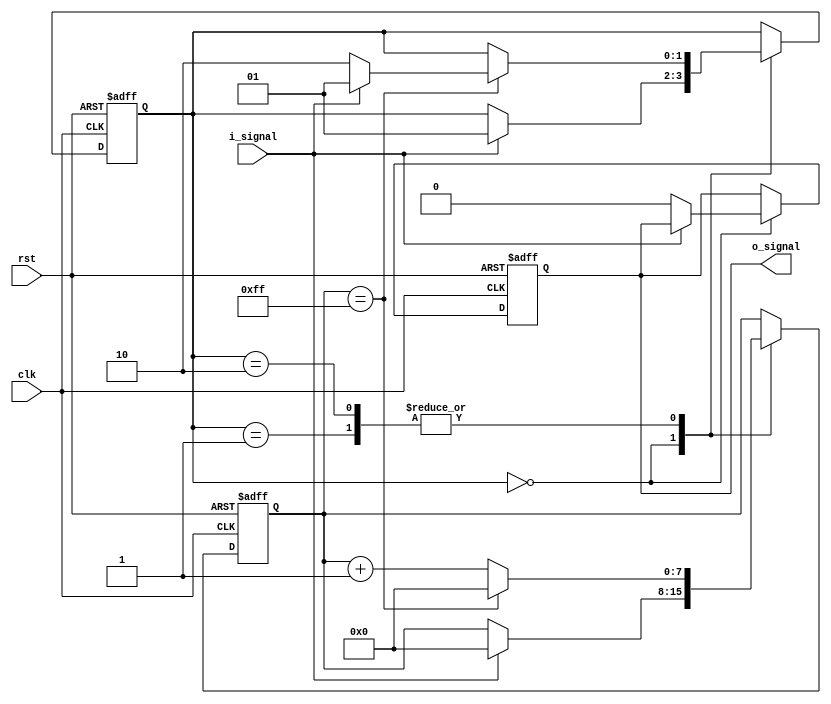
module debounce (
    input wire clk,
    input wire rst,
    input wire i_signal,
    output reg o_signal
);

// Define states for debouncing process
parameter IDLE = 2'b00;
parameter CHECK_HIGH = 2'b01;
parameter CHECK_LOW = 2'b10;

reg [1:0] state;
reg [7:0] count;

// Debounce process
always @(posedge clk or posedge rst) begin
    if (rst) begin
        state <= IDLE;
        count <= 8'd0;
        o_signal <= 1'b0;
    end else begin
        case(state)
            IDLE: if (i_signal) begin
                        state <= CHECK_HIGH;
                        count <= 8'd0;
                    end
                    else begin
                        o_signal <= 1'b0;
                    end
            CHECK_HIGH: if (count == 8'd255) begin
                            if (i_signal) begin
                                state <= CHECK_HIGH;
                                count <= 8'd0;
                            end
                            else begin
                                state <= CHECK_LOW;
                                count <= 8'd0;
                            end
                        end
                        else begin
                            count <= count + 8'd1;
                        end
            CHECK_LOW: if (count == 8'd255) begin
                            if (!i_signal) begin
                                state <= CHECK_LOW;
                                count <= 8'd0;
                            end
                            else begin
                                state <= CHECK_HIGH;
                                count <= 8'd0;
                            end
                        end
                        else begin
                            count <= count + 8'd1;
                        end
        endcase
    end
end

endmodule